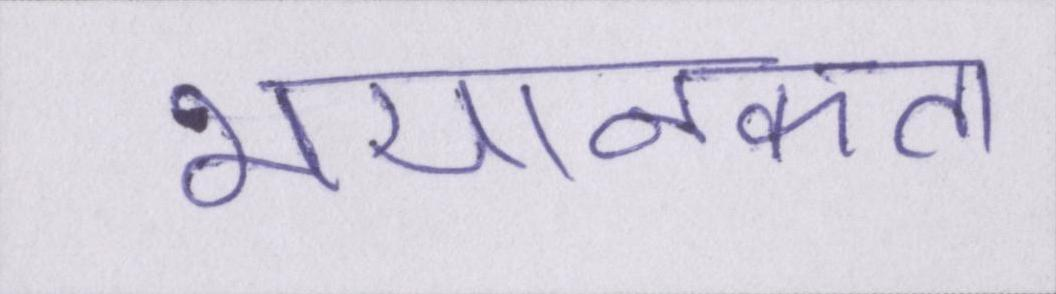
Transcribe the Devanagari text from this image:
भयानकता